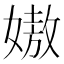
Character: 㜜